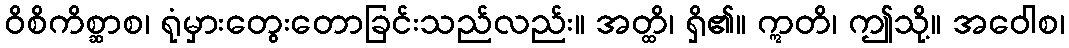
ဝိစိကိစ္ဆာစ၊ ရုံမှားတွေးတောခြင်းသည်လည်း။ အတ္ထိ၊ ရှိ၏။ ဣတိ၊ ဤသို့။ အဝေါစ၊